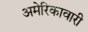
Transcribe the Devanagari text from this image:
अमेरिकावारी